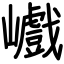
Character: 巇